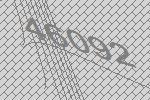
46092